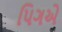
પિગએ